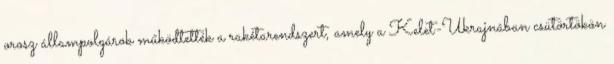
orosz állampolgárok működtették a rakétarendszert, amely a Kelet-Ukrajnában csütörtökön